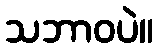
သဘာဝပဲ။